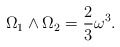
\begin{align*} \Omega_1 \wedge \Omega_2=\frac{2}{3}\omega^3. \end{align*}